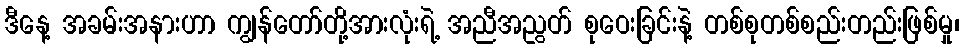
ဒီနေ့ အခမ်းအနားဟာ ကျွန်တော်တို့အားလုံးရဲ့ အညီအညွတ် စုဝေးခြင်းနဲ့ တစ်စုတစ်စည်းတည်းဖြစ်မှု၊